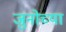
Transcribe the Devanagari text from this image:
जुनोच्या